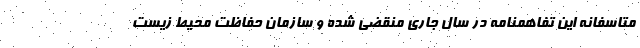
متاسفانه این تفاهمنامه در سال جاری منقضی شده و سازمان حفاظت محیط زیست